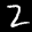
Label: 2